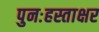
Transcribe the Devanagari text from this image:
पुनःहस्ताक्षर